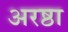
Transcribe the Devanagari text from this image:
अरष्ठा